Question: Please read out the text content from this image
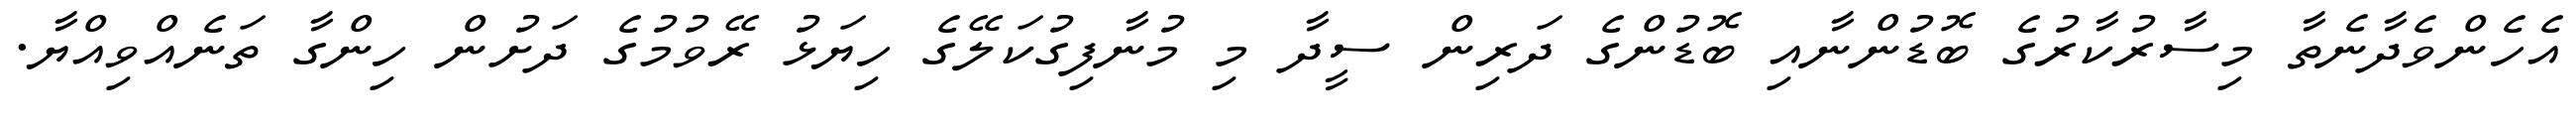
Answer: އެހެންވެދާނެތާ މިސާރުކާރުގެ ބޮޑުންނާއި ބޮޑުންގެ ދަރިން ސީދާ މި މުނާފިގުކަލޭގެ ހިޔަޅު ރޭވުމުގެ ދަށުން ހިންގާ ތަނެއްވިއްޔާ.